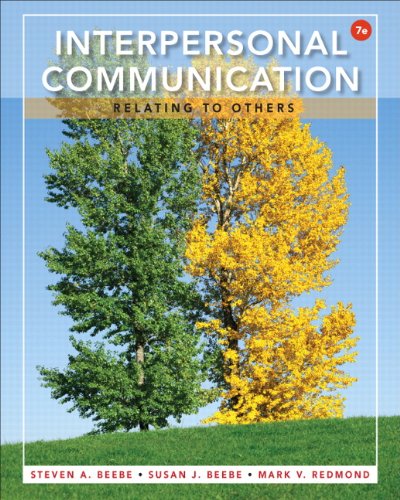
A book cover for Interpersonal Communication: Relating to Others (7th Edition); Steven A. Beebe; Humor & Entertainment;